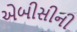
એબીસીની